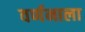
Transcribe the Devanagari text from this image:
वर्णनाला